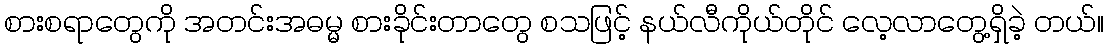
စားစရာတွေကို အတင်းအဓမ္မ စားခိုင်းတာတွေ စသဖြင့် နယ်လီကိုယ်တိုင် လေ့လာတွေ့ရှိခဲ့ တယ်။